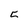
Character: 5